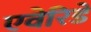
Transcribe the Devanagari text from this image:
एवेरिडे